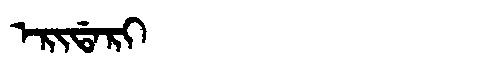
Manchu: ᡝᡵᡳᡩᠠᡵᡳ
Romanization: ERIDARI